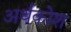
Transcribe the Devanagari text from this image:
अर्थकोश